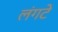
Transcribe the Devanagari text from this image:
लंगटे